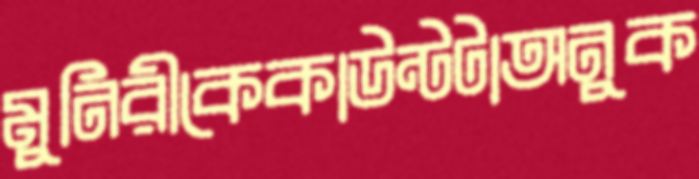
মুনিরীকেকাউন্টটাঅনুক